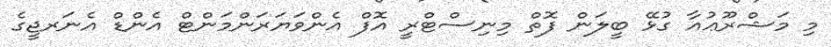
މި މަޝްރޫޢުއާ ގުޅޭ ބީލަން ފޮތް މިނިސްޓްރީ އޮފް އެންވަޔަރަންމަންޓް އެންޑް އެނަރޖީގެ